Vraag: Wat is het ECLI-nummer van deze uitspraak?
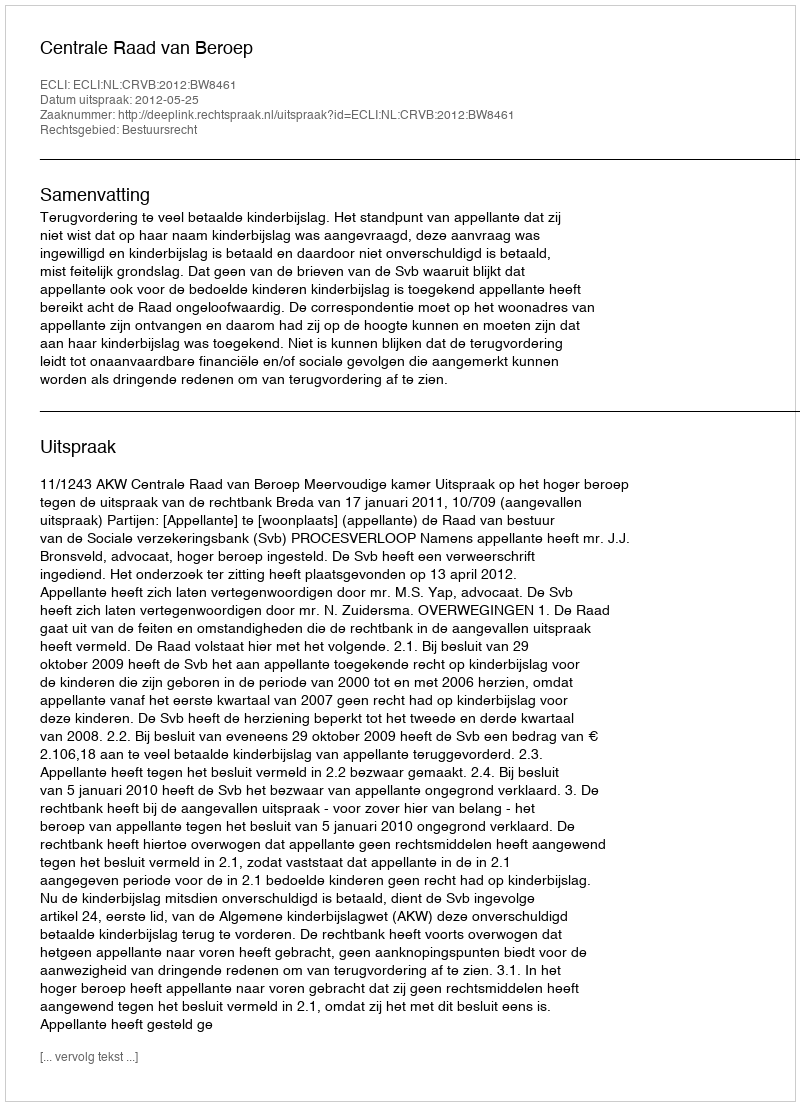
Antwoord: ECLI:NL:CRVB:2012:BW8461